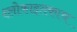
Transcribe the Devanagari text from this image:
श्लोकाइतकाच